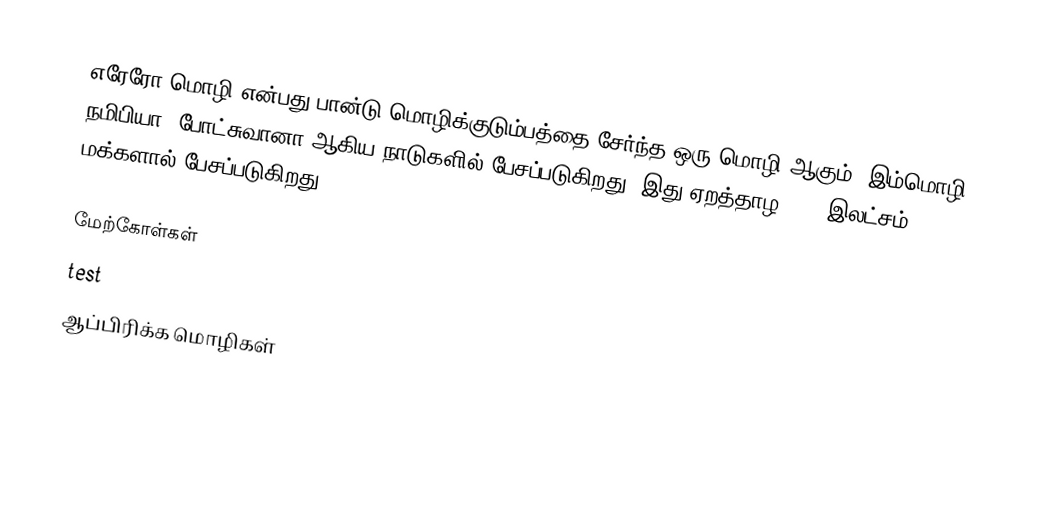
எரேரோ மொழி என்பது பான்டு மொழிக்குடும்பத்தை சேர்ந்த ஒரு மொழி ஆகும். இம்மொழி நமிபியா, போட்சுவானா ஆகிய நாடுகளில் பேசப்படுகிறது. இது ஏறத்தாழ 2.37 இலட்சம் மக்களால் பேசப்படுகிறது.

மேற்கோள்கள்
test
ஆப்பிரிக்க மொழிகள்